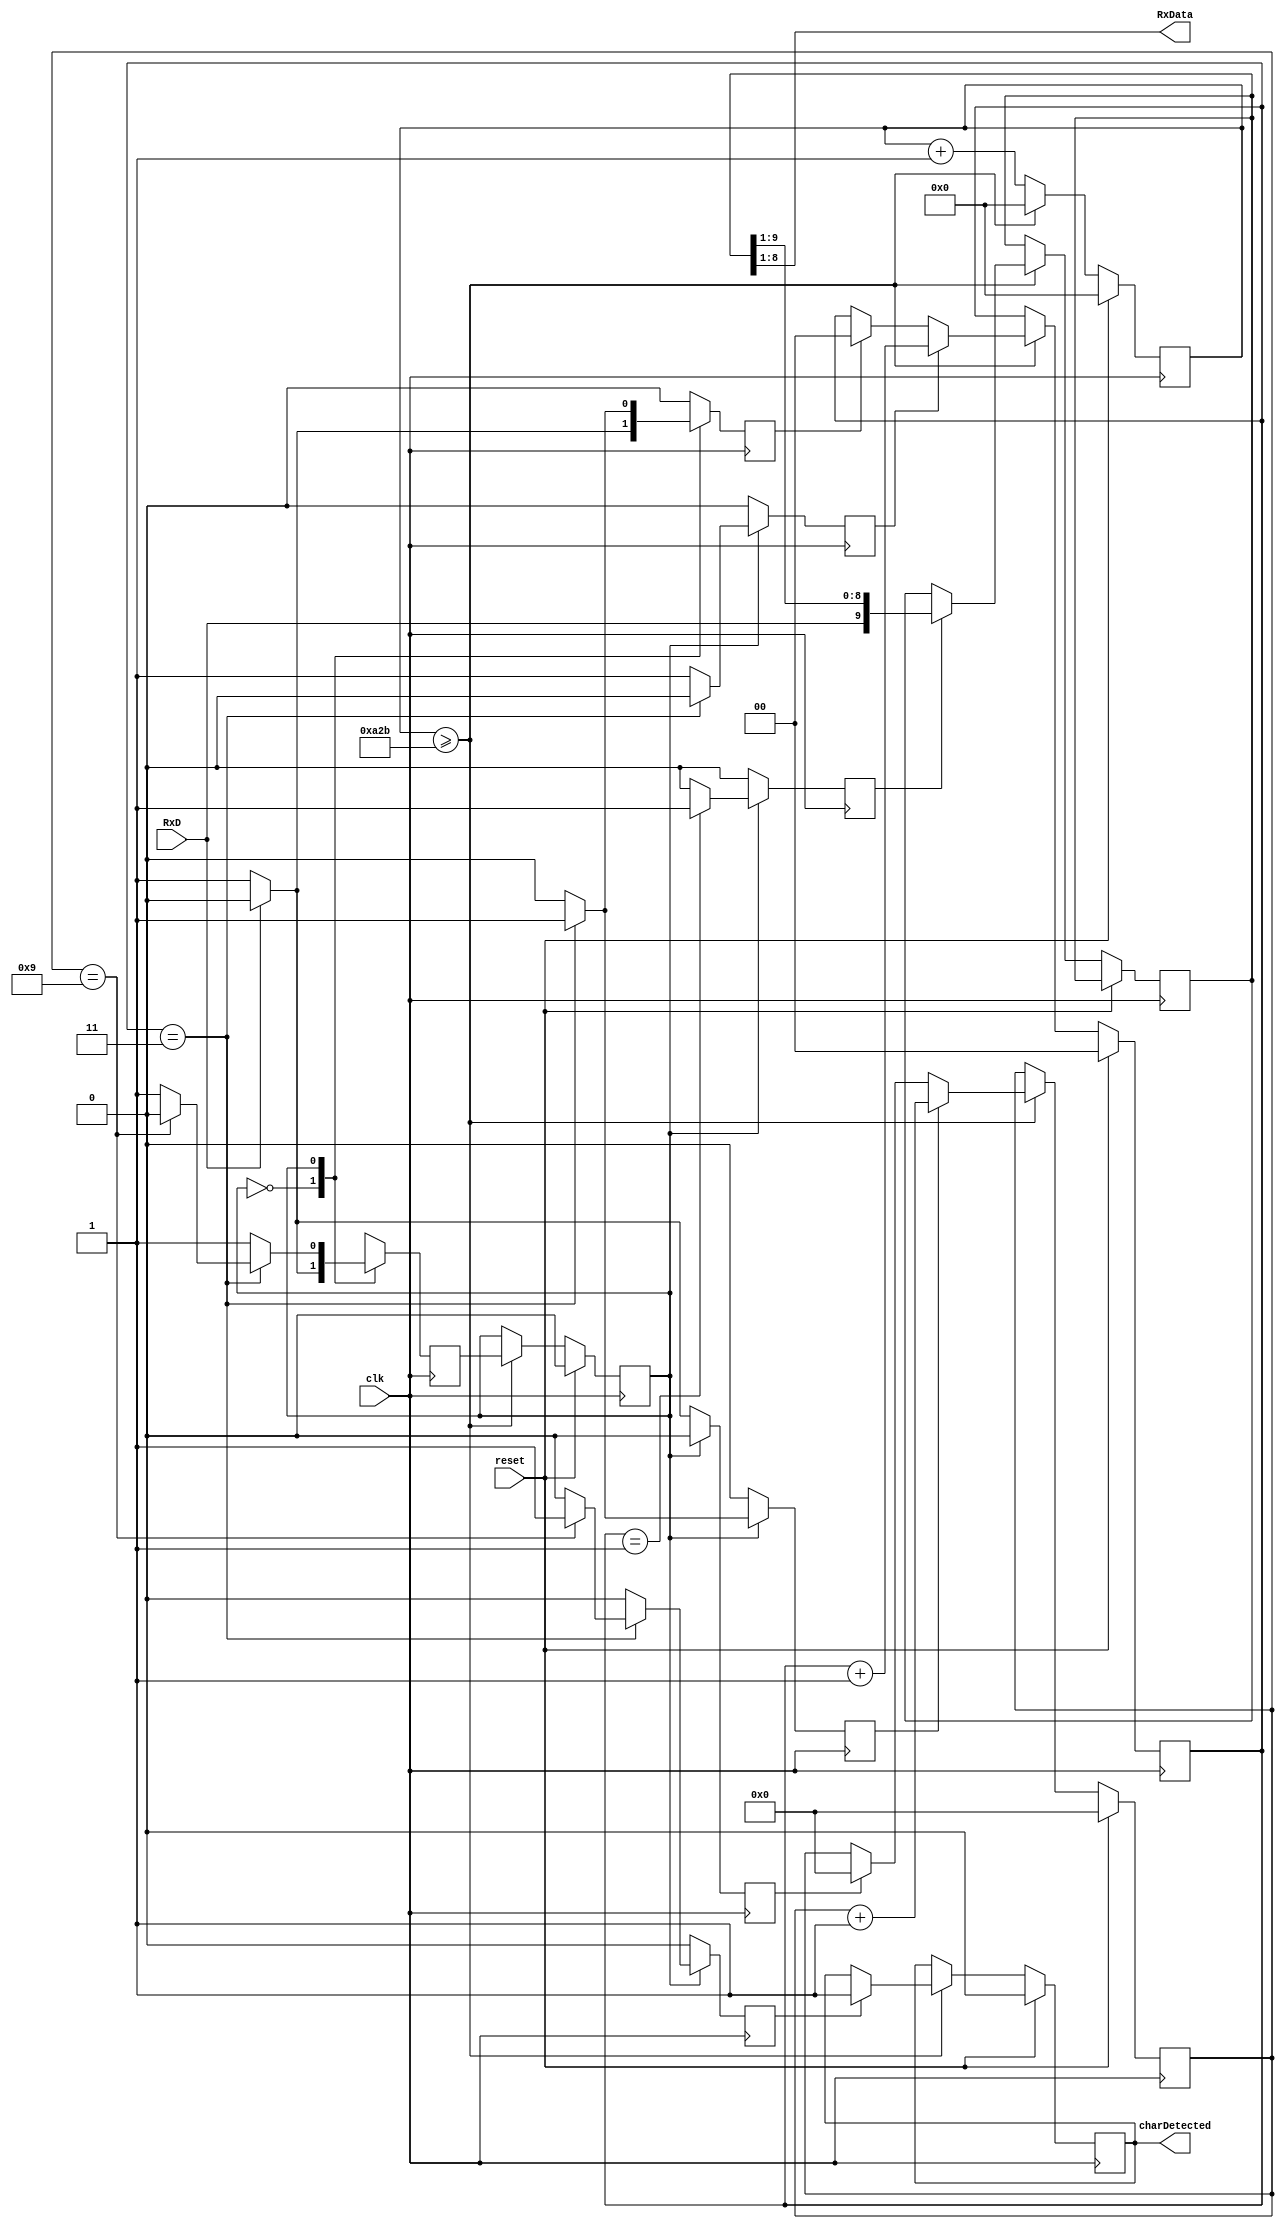
`timescale 1ns / 1ps
//////////////////////////////////////////////////////////////////////////////////
// Company: 
// Engineer: 
// 
// Design Name: 
// Module Name: Receptor
// Project Name: 
// Target Devices: 
// Tool Versions: 
// Description: 
// 
// Dependencies: 
// 
// Revision:
// Revision 0.01 - File Created
// Additional Comments:
// 
//////////////////////////////////////////////////////////////////////////////////

// El cdigo de este mdulo se obtuvo de los siguientes sitios:
// https://www.instructables.com/UART-Communication-on-Basys-3-FPGA-Dev-Board-Power-1/
// https://www.youtube.com/watch?v=XpfEHPg5AxU&t=287s

module Receptor(
    input clk, //input clock
    input reset, //input reset 
    input RxD, //input receving data line
    output [7:0]RxData, // output for 8 bits data
    output charDetected
    // output [7:0]LED // output 8 LEDs
    );
    
    //internal variables
    reg shift; // shift signal to trigger shifting data
    reg state, nextstate; // initial state and next state variable
    reg [3:0] bitcounter; // 4 bits counter to count up to 9 for UART receiving
    reg [1:0] samplecounter; // 2 bits sample counter to count up to 4 for oversampling
    reg [13:0] counter; // 14 bits counter to count the baud rate
    reg [9:0] rxshiftreg; //bit shifting register
    reg clear_bitcounter,inc_bitcounter,inc_samplecounter,clear_samplecounter; //clear or increment the counter
    reg charDet, send_charDet;

    // constants
    parameter clk_freq = 100_000_000;  // system clock frequency
    parameter baud_rate = 9_600; //baud rate
    parameter div_sample = 4; //oversampling
    parameter div_counter = clk_freq/(baud_rate*div_sample);  // this is the number we have to divide the system clock frequency to get a frequency (div_sample) time higher than (baud_rate)
    parameter mid_sample = (div_sample/2);  // this is the middle point of a bit where you want to sample it
    parameter div_bit = 10; // 1 start, 8 data, 1 stop


    assign RxData = rxshiftreg [8:1]; // assign the RxData from the shiftregister
    assign charDetected = charDet;

    //UART receiver logic
    always @ (posedge clk)
        begin 
            if (reset)begin // if reset is asserted
                state <=0; // set state to idle 
                bitcounter <=0; // reset the bit counter
                counter <=0; // reset the counter
                samplecounter <=0; // reset the sample counter 
                charDet <= 0;
            end else begin // if reset is not asserted
                counter <= counter +1; // start count in the counter
                if (counter >= div_counter-1) begin // if counter reach the baud rate with sampling 
                    counter <=0; //reset the counter
                    state <= nextstate; // assign the state to nextstate
                    if (shift)rxshiftreg <= {RxD,rxshiftreg[9:1]}; //if shift asserted, load the receiving data
                    if (clear_samplecounter) samplecounter <=0; // if clear sampl counter asserted, reset sample counter
                    if (inc_samplecounter) samplecounter <= samplecounter +1; //if increment counter asserted, start sample count
                    if (clear_bitcounter) bitcounter <=0; // if clear bit counter asserted, reset bit counter
                    if (inc_bitcounter)bitcounter <= bitcounter +1; // if increment bit counter asserted, start count bit counter
                    if (send_charDet) charDet <= 1;
                end
            end
        end
   
    //state machine

    always @ (posedge clk) //trigger by clock
    begin 
        shift <= 0; // set shift to 0 to avoid any shifting 
        clear_samplecounter <=0; // set clear sample counter to 0 to avoid reset
        inc_samplecounter <=0; // set increment sample counter to 0 to avoid any increment
        clear_bitcounter <=0; // set clear bit counter to 0 to avoid claring
        inc_bitcounter <=0; // set increment bit counter to avoid any count
        nextstate <=0; // set next state to be idle state
        send_charDet <=0;
        case (state)
           0: begin // idle state 
	           if (RxD) // if input RxD data line asserted 
	           begin 
	               nextstate <=0; // back to idle state because RxD needs to be low to start transmission    
               end
               else begin // if input RxD data line is not asserted 
                   nextstate <=1; //jump to receiving state 
                   clear_bitcounter <=1; // trigger to clear bit counter
                   clear_samplecounter <=1; // trigger to clear sample counter
               end
           end 
           1: begin // receiving state 
               nextstate <= 1; // DEFAULT 
               if (samplecounter== mid_sample - 1) shift <= 1; // if sample counter is 1, trigger shift 
                   if (samplecounter== div_sample - 1) begin // if sample counter is 3 as the sample rate used is 3
                       if (bitcounter == div_bit - 1) begin // check if bit counter if 9 or not
			               send_charDet <= 1;
                           nextstate <= 0; // back to idle state if bit counter is 9 as receving is complete
                       end 
                       inc_bitcounter <=1; // trigger the increment bit counter if bit counter is not 9
                       clear_samplecounter <=1; //trigger the sample counter to reset the sample counter
                   end else inc_samplecounter <=1; // if sample is not equal to 3, keep counting
           end
           default: nextstate <=0; //default idle state
       endcase
   end         
endmodule